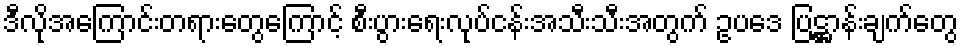
ဒီလိုအကြောင်းတရားတွေကြောင့် စီးပွားရေးလုပ်ငန်းအသီးသီးအတွက် ဥပဒေ ပြဋ္ဌာန်းချက်တွေ